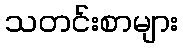
သတင်းစာများ